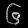
Digit: ၆